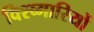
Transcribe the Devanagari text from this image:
विश्व्मारियों